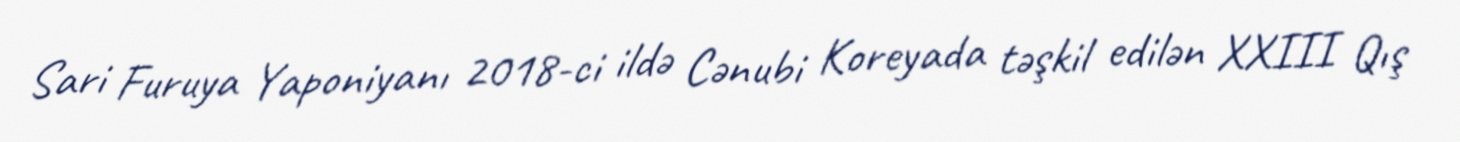
Sari Furuya Yaponiyanı 2018-ci ildə Cənubi Koreyada təşkil edilən XXIII Qış